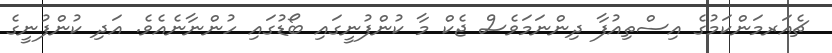
ޗެއަރމަންކަމުގެ އިސްތިއުފާ ދިންނަމަވެސް ޖެކް މާ ކުންފުނީގައި ބޯޑުގައި ހުންނާނެއެވެ. އަދި ކުންފުނީގެ